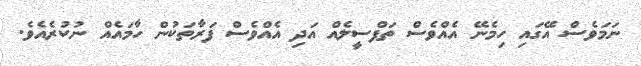
ނަމަވެސް އޭގައި ހިމެނޭ އެއްވެސް ތަފްސީލެއް އަދި އެއްވެސް ފަރާތަކުން ހާމައެއް ނުކުރެއެވެ.